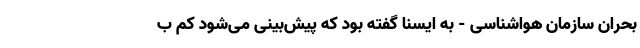
بحران سازمان هواشناسی - به ایسنا گفته بود که پیش‌بینی می‌شود کم ب